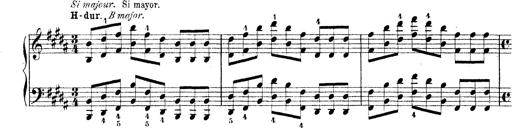
Title: Technische Studien
Composer: Franz Liszt